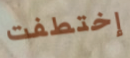
إختطفت